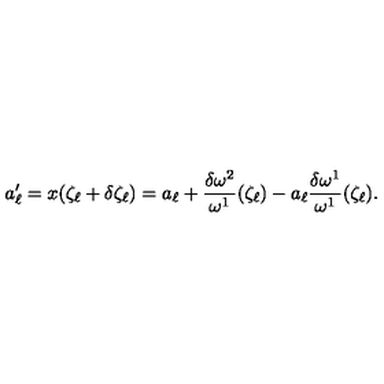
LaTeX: a _ { \ell } ^ { \prime } = x ( \zeta _ { \ell } + \delta \zeta _ { \ell } ) = a _ { \ell } + \frac { \delta \omega ^ { 2 } } { \omega ^ { 1 } } ( \zeta _ { \ell } ) - a _ { \ell } \frac { \delta \omega ^ { 1 } } { \omega ^ { 1 } } ( \zeta _ { \ell } ) .